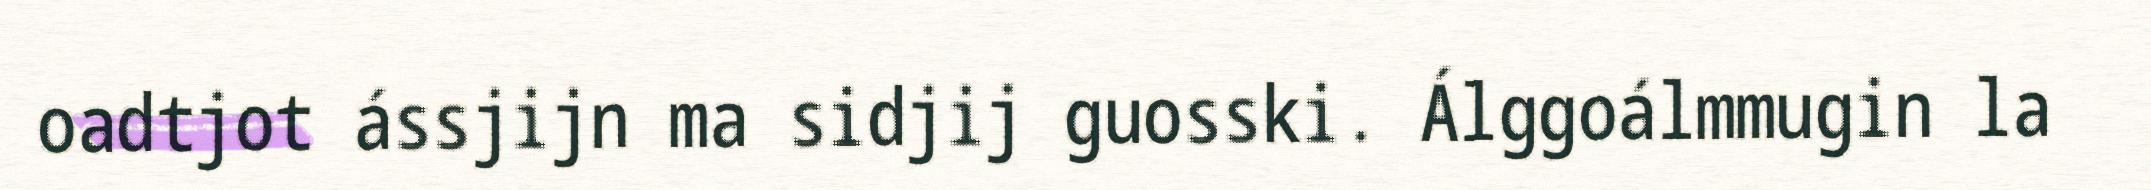
oadtjot ássjijn ma sidjij guosski. Álggoálmmugin la